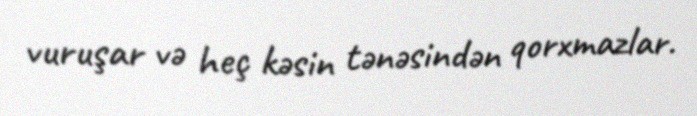
vuruşar və heç kəsin tənəsindən qorxmazlar.